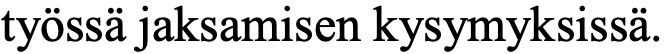
työssä jaksamisen kysymyksissä.